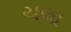
ચલા